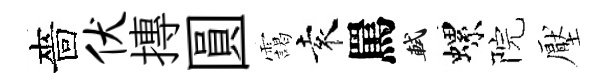
嗇伏摶圓靄袁罵軾螺院壓